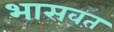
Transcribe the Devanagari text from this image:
भासवत